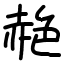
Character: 赩